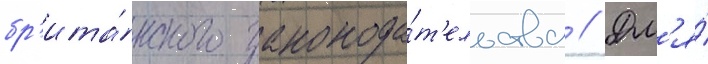
бр'ита́нского законода́т'ельства // Дл'я́